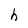
Character: h